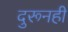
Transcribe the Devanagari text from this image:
दुरूनही